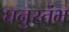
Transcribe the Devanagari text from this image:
घनुस्तंभ